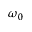
\omega _ { 0 }